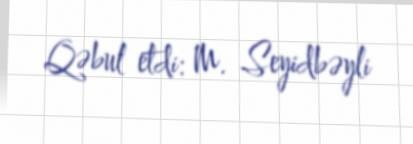
Qəbul etdi: M. Seyidbəyli